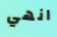
انهي